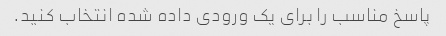
پاسخ مناسب را برای یک ورودی داده شده انتخاب کنید.